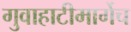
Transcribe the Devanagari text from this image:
गुवाहाटीमार्गेच